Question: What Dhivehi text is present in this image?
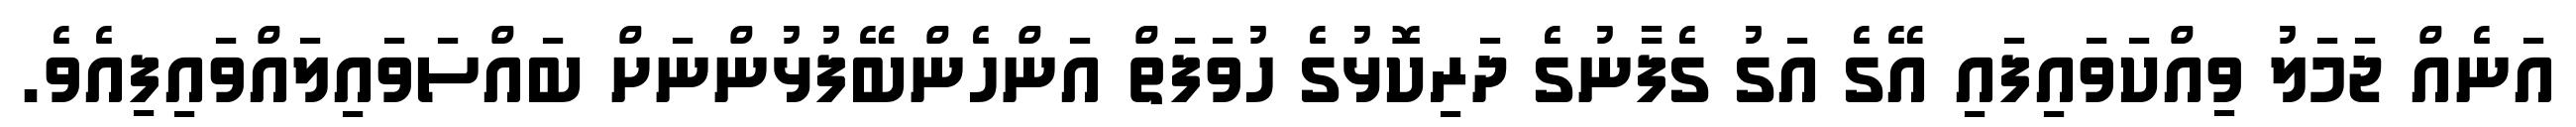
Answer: އަނެއް ޖަމަލު ވިއްކަވައިފައި އޭގެ އަގު ގެފާނުގެ ދަރިކޮޅުގެ ހުވަފަތް އަންހެންބޭފުޅުންނަށް ބައްސަވައިލައްވައިފިއެވެ.